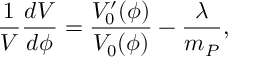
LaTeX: { \frac { 1 } { V } } { \frac { d V } { d \phi } } = { \frac { V _ { 0 } ^ { \prime } ( \phi ) } { V _ { 0 } ( \phi ) } } - { \frac { \lambda } { m _ { P } } } ,